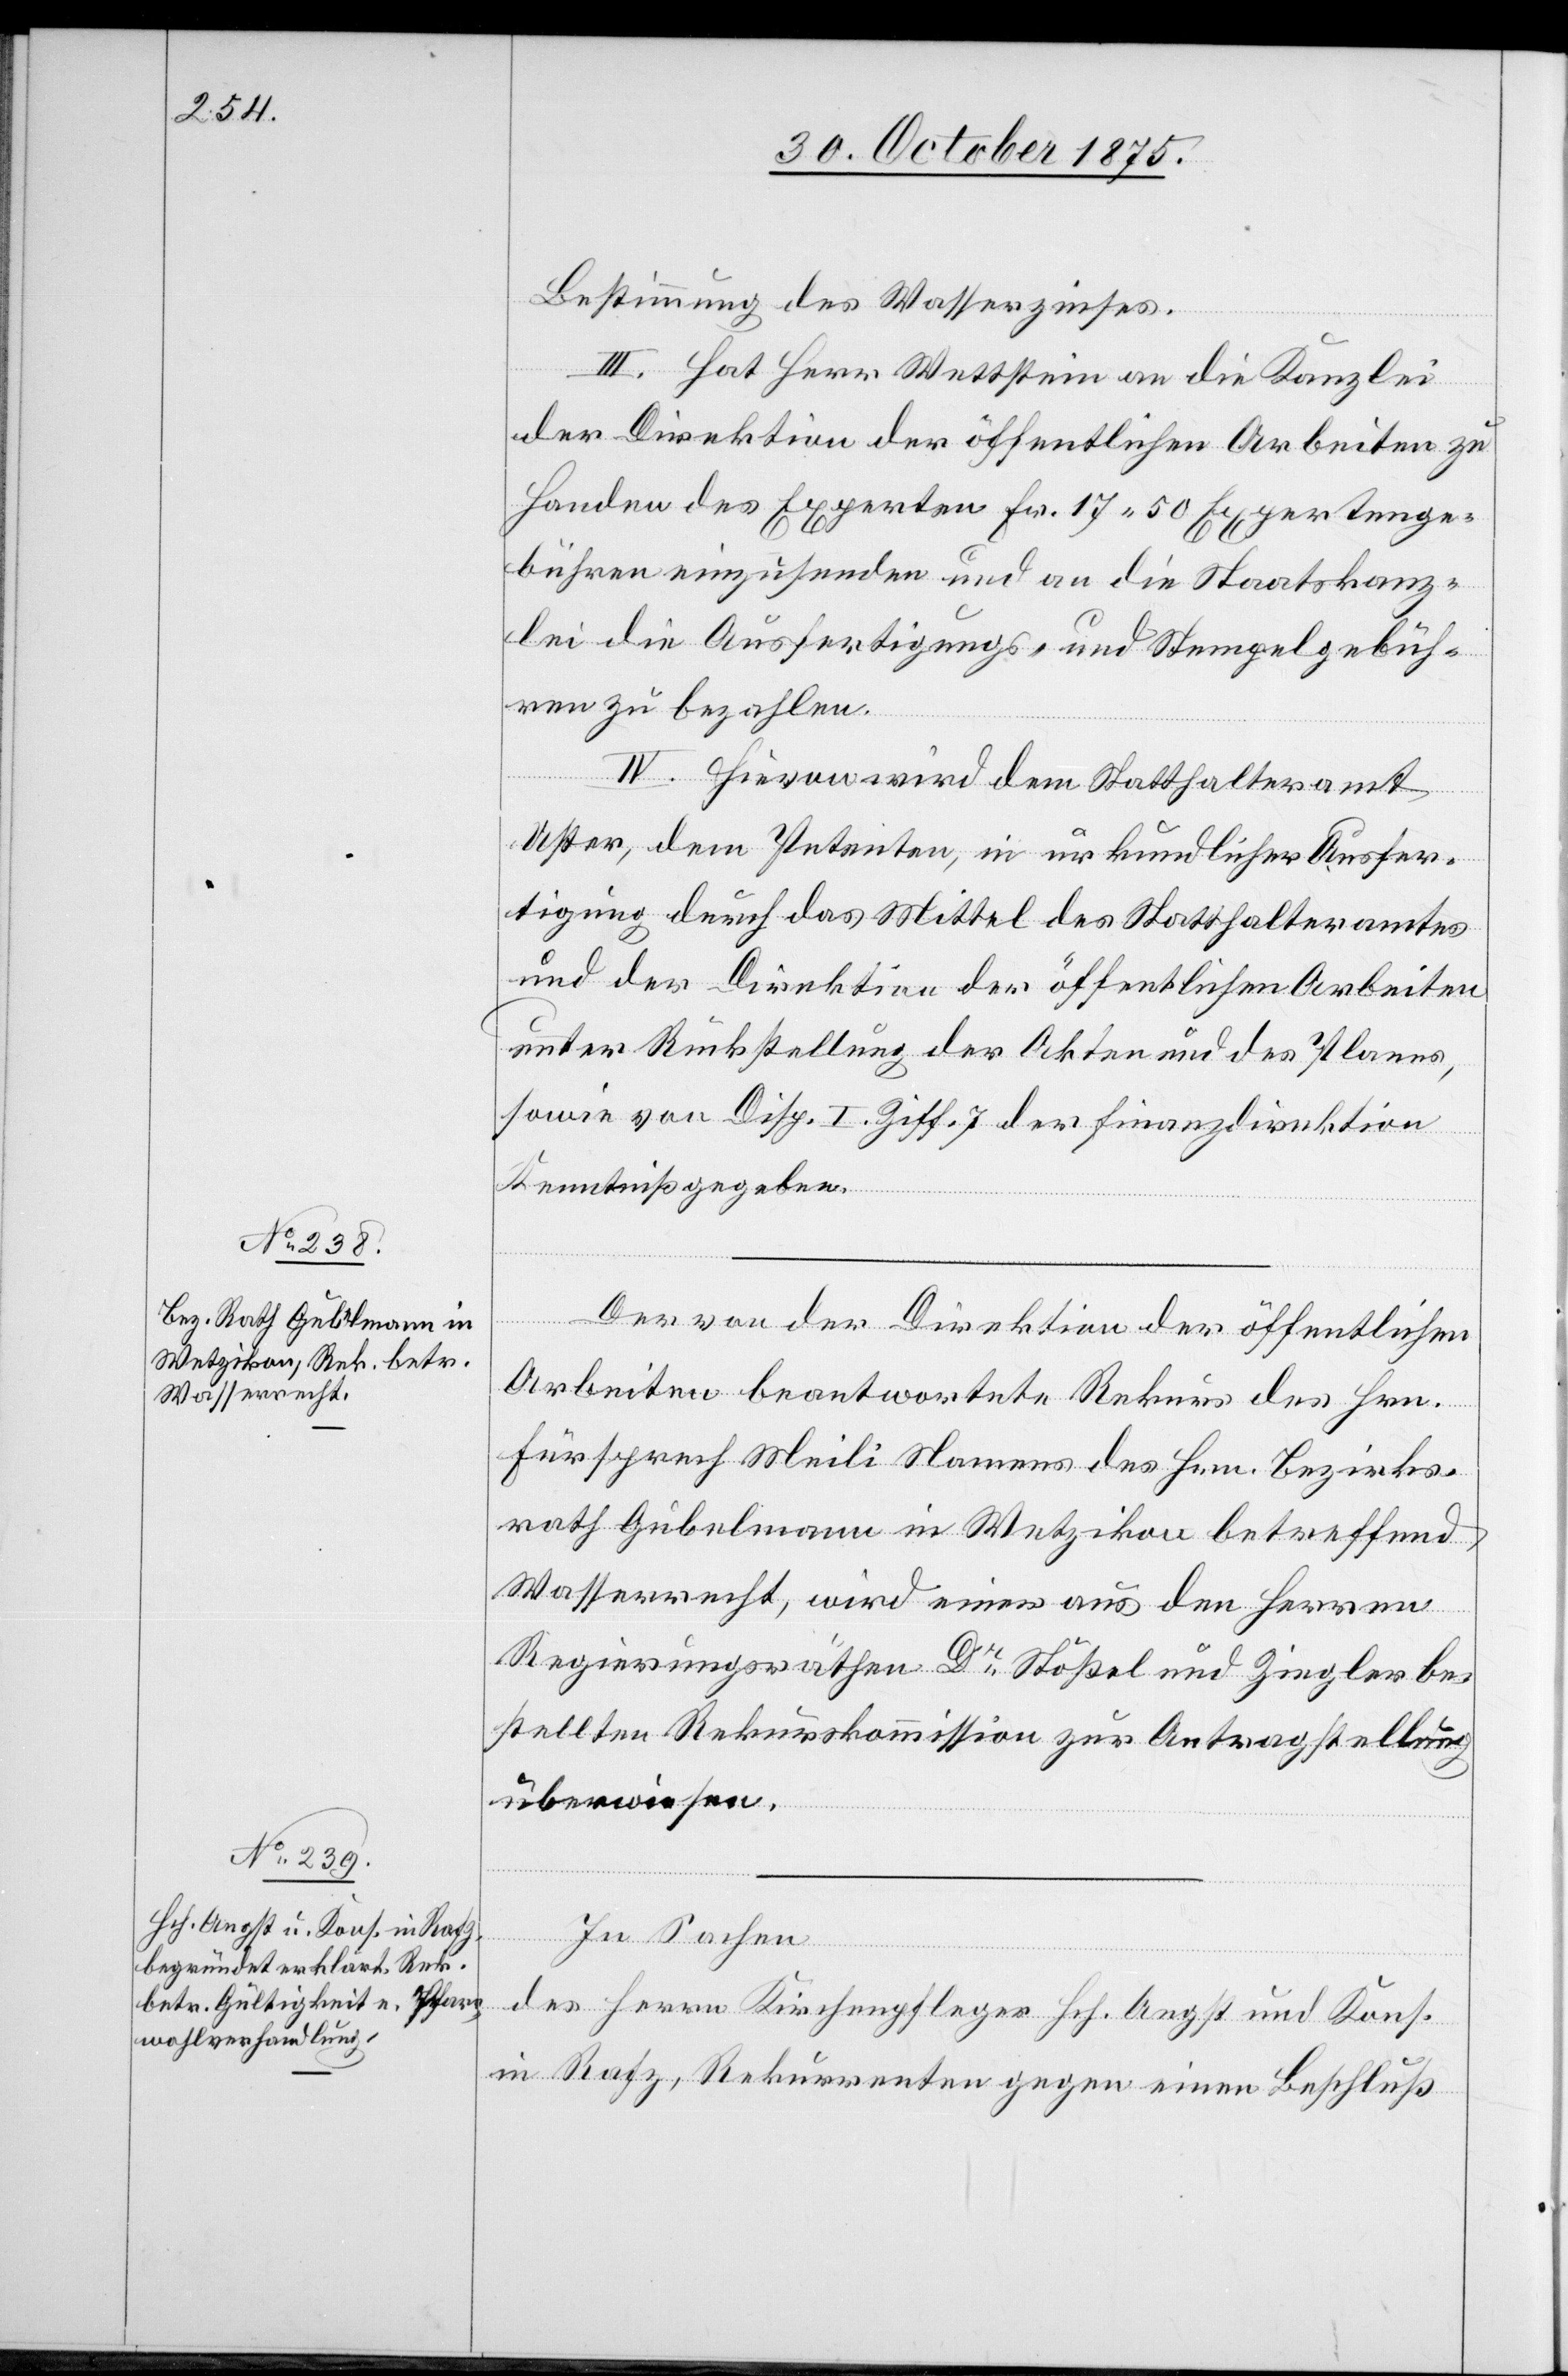
Bestimmung des Wasserzinses.
III. Hat Herr Wettstein an die Kanzlei
der Direktion der öffentlichen Arbeiten zu
Handen des Experten Fr. 17 50 Expertenge¬
bühren einzusenden und an die Staatskanz¬
lei die Ausfertigungs- und Stempelgebüh¬
ren zu bezahlen.
IV. Hievon wird dem Statthalteramt
Uster, dem Petenten, in urkundlicher Ausfer¬
tigung durch das Mittel des Statthalteramtes
und der Direktion der öffentlichen Arbeiten
unter Rückstellung der Akten und des Planes,
sowie von Disp. I Ziff. 7 der Finanzdirektion
Kenntniß gegeben.
Der von der Direktion der öffentlichen
Arbeiten beantwortete Rekurs des Hrn.
Fürsprech Meili Namens des Hrn. Bezirks¬
rath Gubelmann in Wetzikon betreffend
Wasserrecht, wird einer aus den Herren
Regierungsräthen Dr Stößel und Ziegler be¬
stellten Rekurskommission zur Antragstellung
überwiesen.
In Sachen
des Herrn Kirchenpfleger Hch. Angst und Kons.
in Rafz, Rekurrenten gegen einen Beschluß